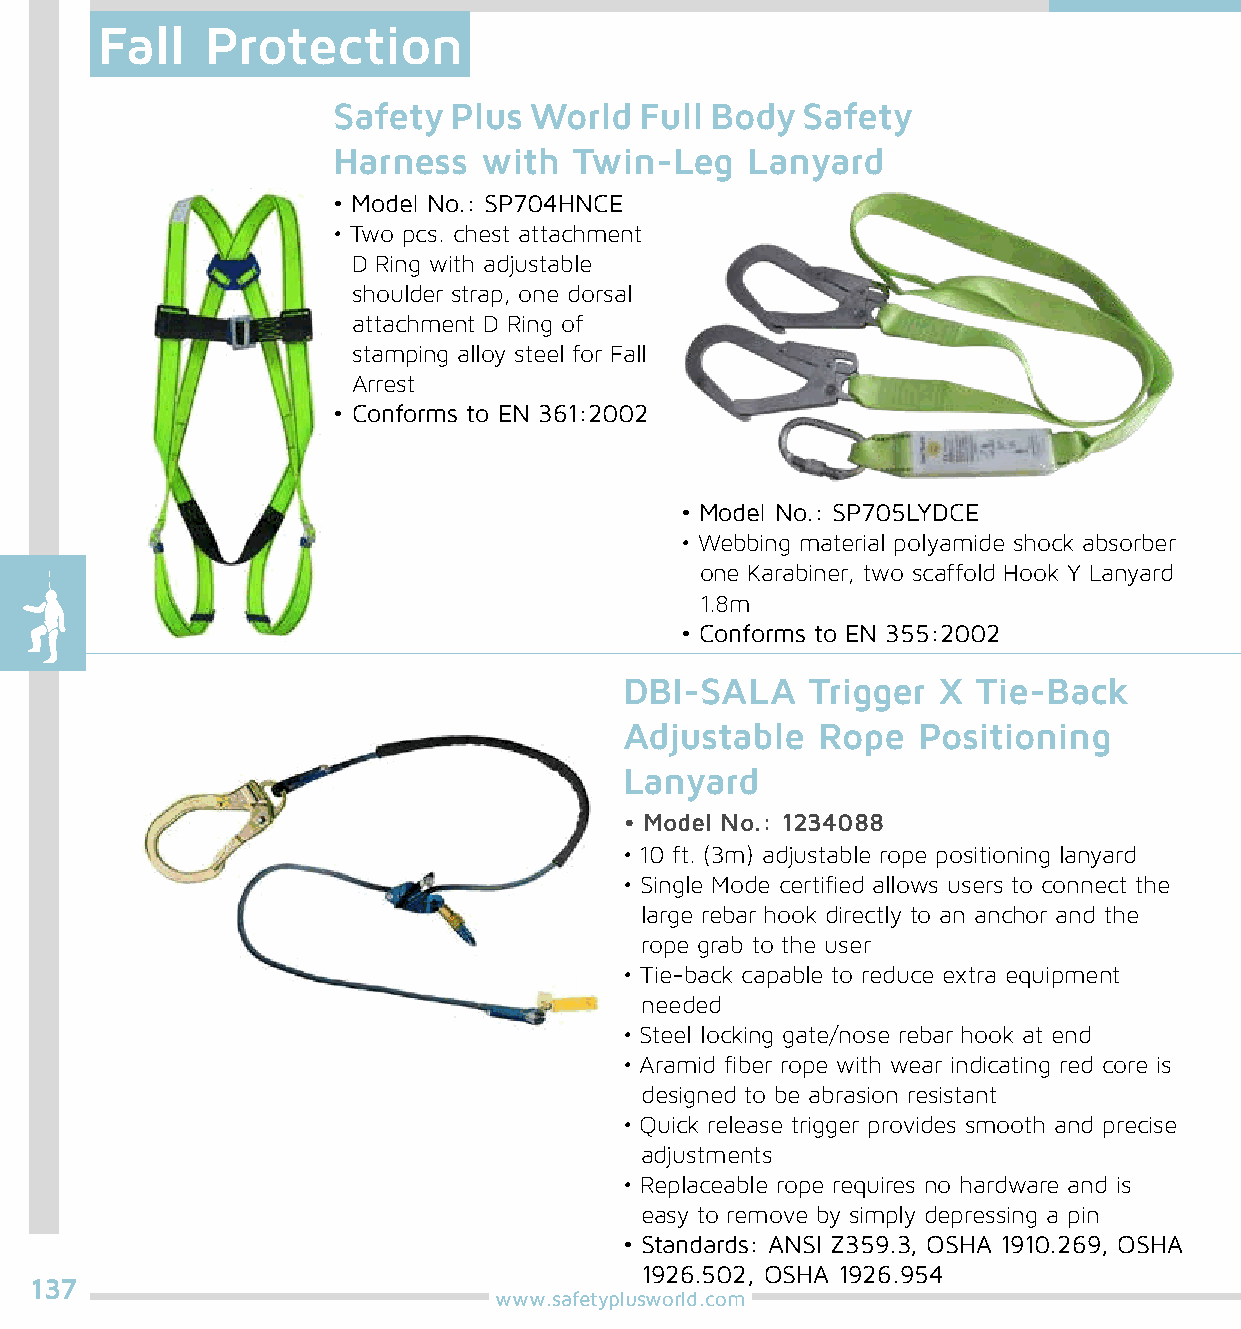
Fall    Protection
 Safety  Plus World  Full Body  Safety
 Harness   with  Twin-Leg   Lanyard
 • Model No.: SP704HNCE
 • Two pcs. chest attachment
 D Ring with adjustable
 shoulder strap, one dorsal
 attachment D Ring of
 stamping alloy steel for Fall
 Arrest
 • Conforms to EN 361:2002
 • Model No.: SP705LYDCE
 • Webbing material polyamide shock absorber
 one Karabiner, two scaffold Hook Y Lanyard
 1.8m
 • Conforms to EN 355:2002
 DBI-SALA     Trigger X  Tie-Back
 Adjustable   Rope   Positioning
 Lanyard
 • Model No.: 1234088
 • 10 ft. (3m) adjustable rope positioning lanyard
 • Single Mode certified allows users to connect the
 large rebar hook directly to an anchor and the
 rope grab to the user
 • Tie-back capable to reduce extra equipment
 needed
 • Steel locking gate/nose rebar hook at end
 • Aramid fiber rope with wear indicating red core is
 designed to be abrasion resistant
 • Quick release trigger provides smooth and precise
 adjustments
 • Replaceable rope requires no hardware and is
 easy to remove by simply depressing a pin
 • Standards: ANSI Z359.3, OSHA 1910.269, OSHA
 1926.502, OSHA 1926.954
 137
 www.safetyplusworld.com